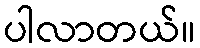
ပါလာတယ်။